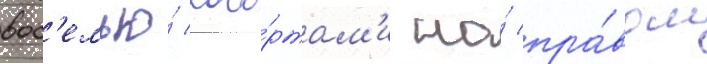
вос'емью́ кого́ртам'и на́ пра́вом